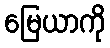
မြေယာကို